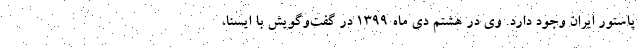
پاستور ایران وجود دارد. وی در هشتم دی ماه ۱۳۹۹ در گفت‌وگویش با ایسنا،